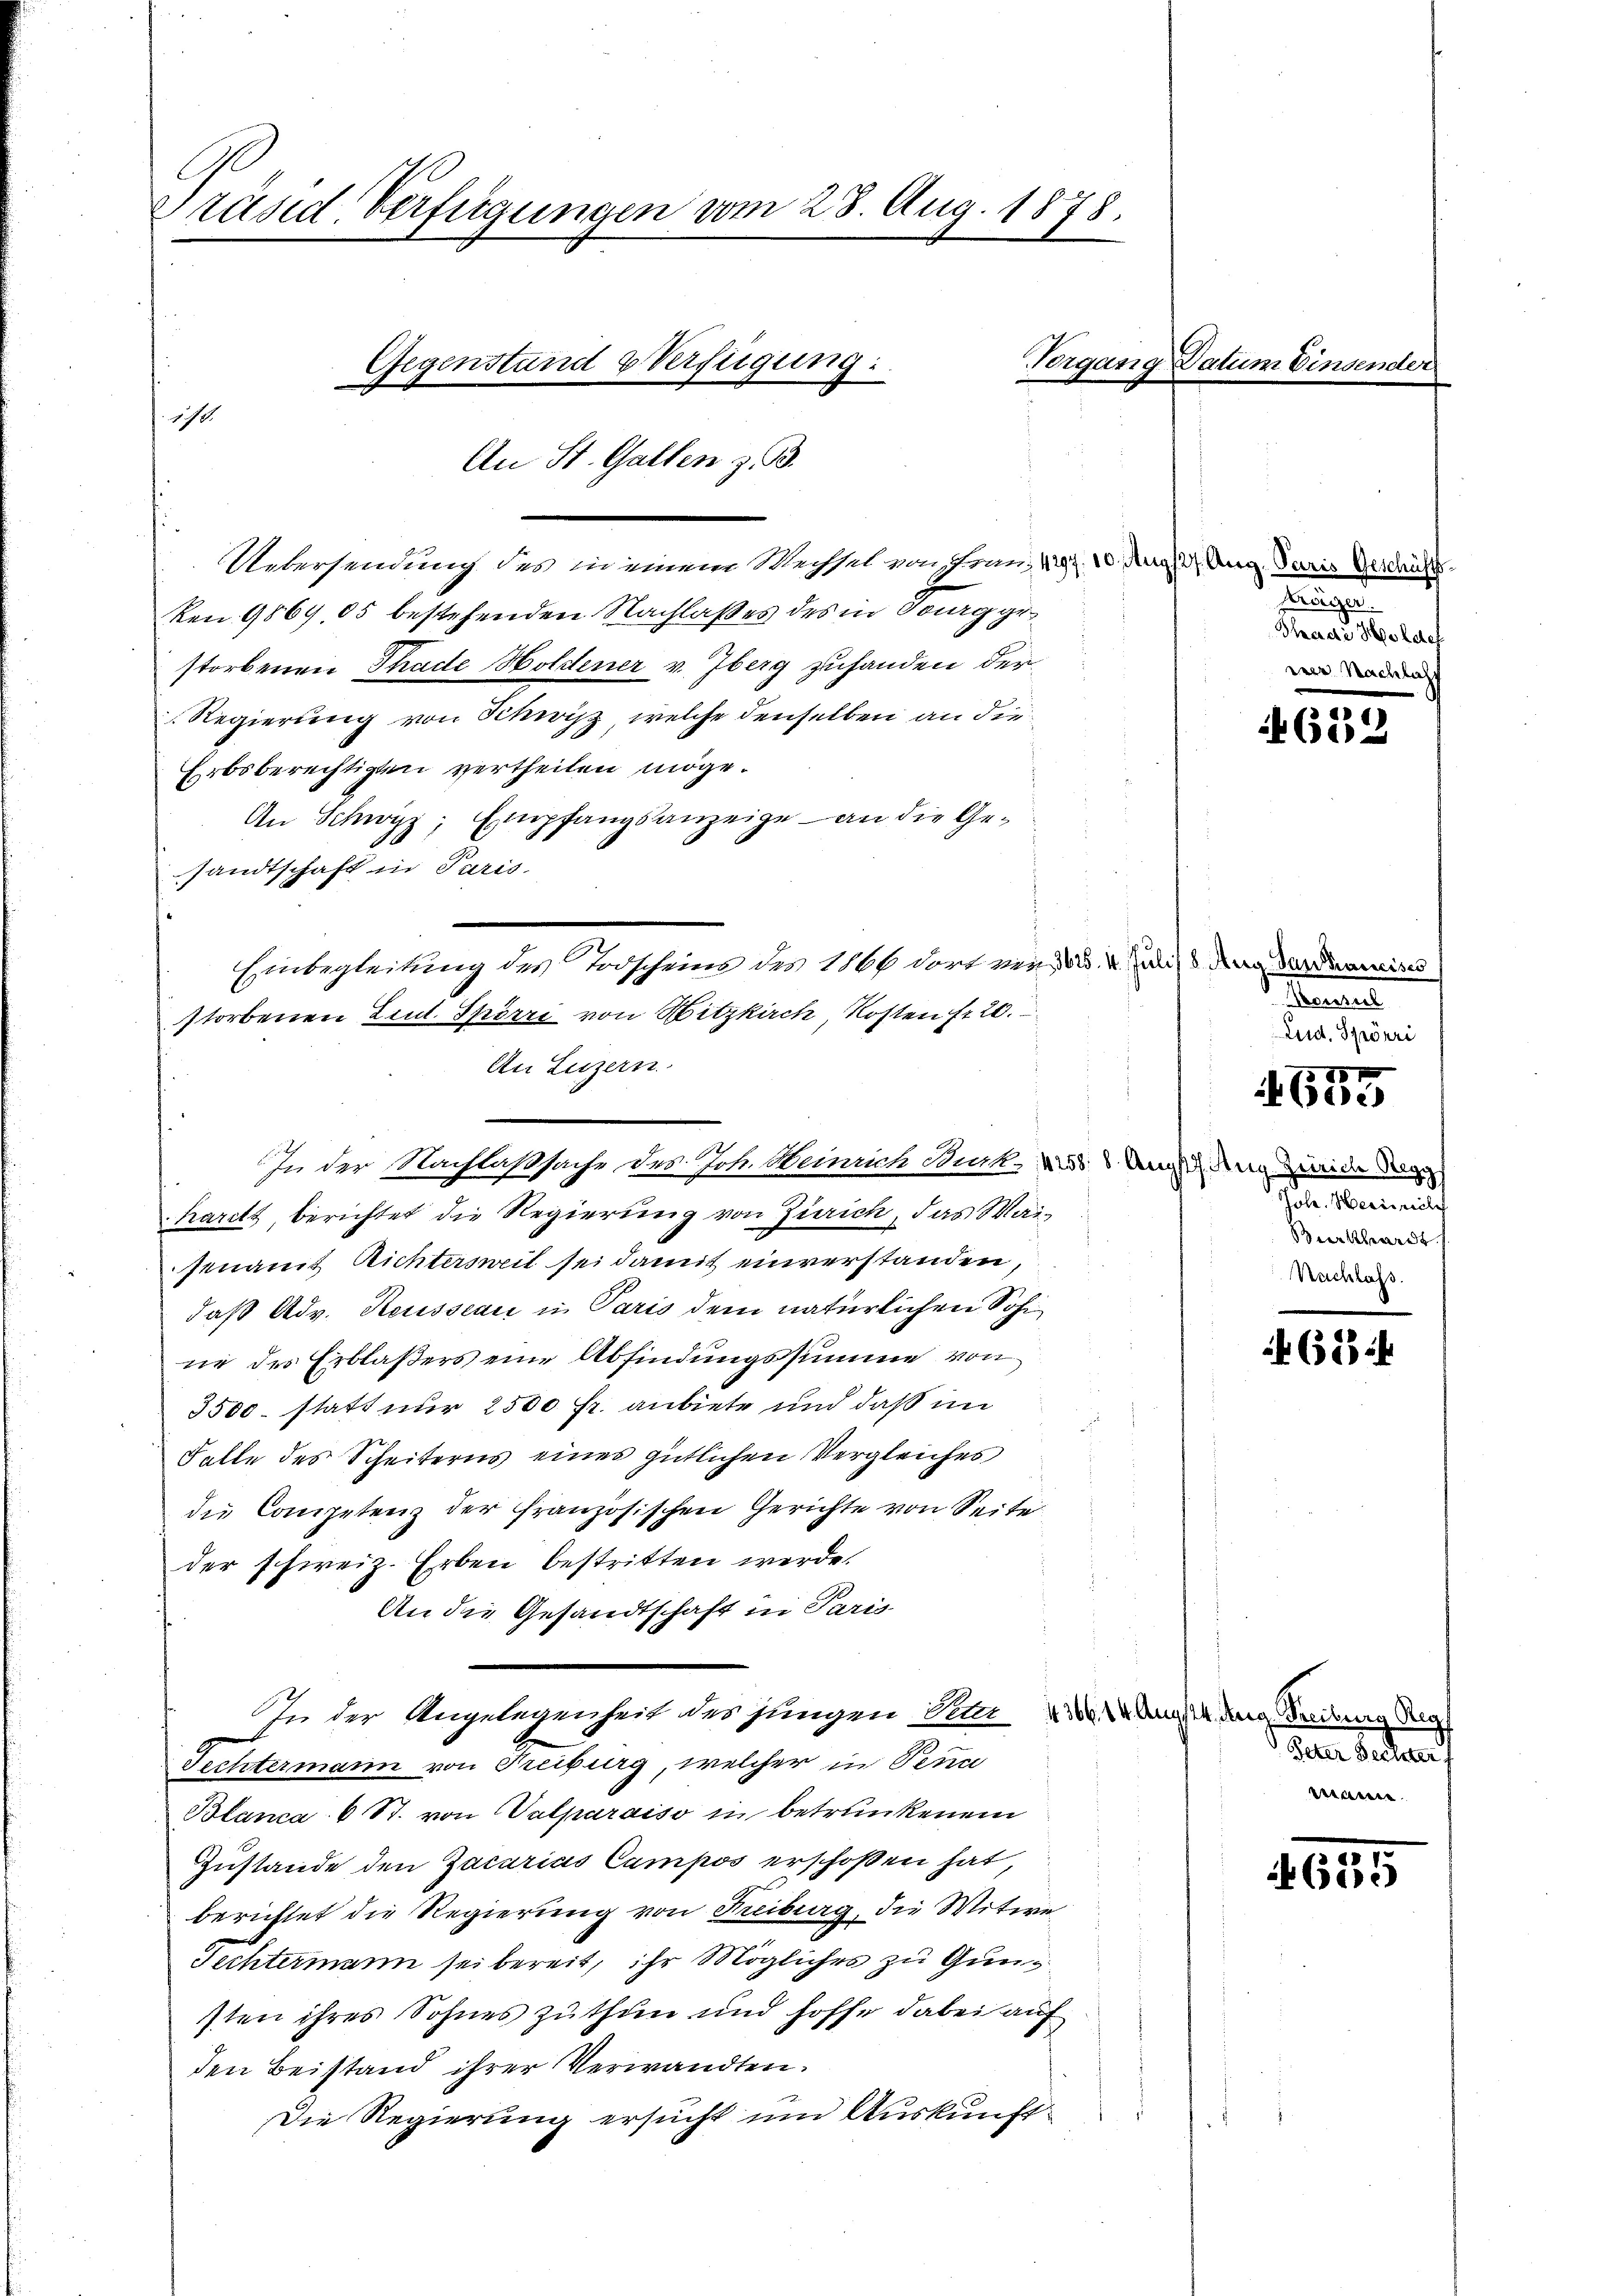
Träsd Verfügungen vom 28. Aug. 1878.

10.

Gegenstand Verfügung:
2
An St. Gallen z. B.

Einbegleitung des Todscheins des 1866 dort ver¬

ken. 9869, 05 bestehenden Nachlaßes des in Tourg gestorbenen Thade Holdener v. Iberg zuhanden der
Regierung von Schwyz, welche denselben an die¬
Erbsberechtigten vertheilen möge.
An Schwyz; Empfangsanzeige – an die Gesandtschaft in Paris.
storbenen Eint. Spörri von Witzkirch Kosten fr 20.
An Luzern.
1
In der Nachlaßsache des Joh. Weinrich Stuck, dass Ungeden inde die
Karitt, berichtet die Regierung von Zürich, das Wai
senamt Richtersweil sei damit einverstanden,
daß Adv. Reusseau in Paris dem natürlichen Sohi
ne des Erblaßers eine Abfindungssumme von
3500 statt nur 2500 fr. anbiete und daß im
Falle des Scheiterns eines gütlichen Vergleiches
die Competenz der französischen Gerichte von Seite
der schweiz. Erben bestritten werde.
An die Gesandtschaft in Paris
In der Angelegenheit des jungen Vater 222 Auge den Teilung der
Fechtermann von Freiburg, welcher in Tenn
Blanca 6 St. von Valparaiso in betrunkenem
Zustande den Zacarias Campos erschoßen hat,
berichtet die Regierung von Freiburg, die Witwe
Fechtermann sei bereit, ihr Mögliches zu Gunsten ihres Sohnes zu thun und hoffe dabei auf
den Beistand ihrer Verwandten.
d
Die Regierung ersucht um Auskunft¬

Vorgang Datum

Uebersendung des in einem Mechsel von Franz 147. 10. Aug. Aug. Paris Geschäft

Kröeyer.
Thadi, Holeter
eere Nach

463.

lis Aug Sandhancisc
Manne
Lud. Spörri

187
bde

Joh. Heinrich
Burkhardt
Nachlass

624

Peter Rechter
n

4655